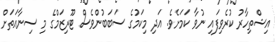
އިޝްތިހާރު ކުރެވިފައި ނުވާ ކަމަށެވެ. އަދި މިކަމުގެ ސަބަބުންވެސް ޓޫރިޒަމްގެ މި ސިނާއަތަށް